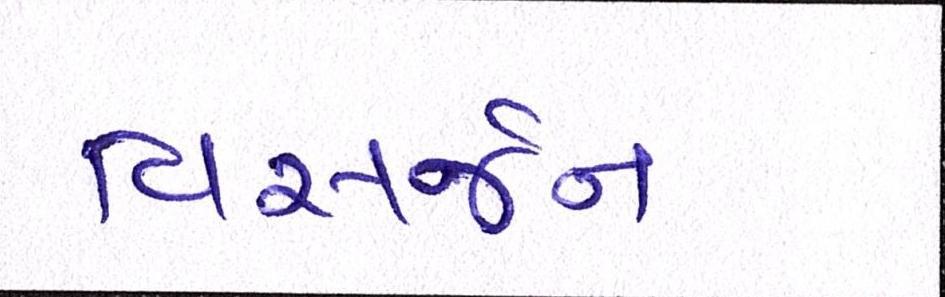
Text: વિસર્જન